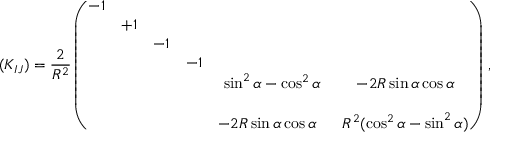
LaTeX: ( K _ { I J } ) = \frac { 2 } { R ^ { 2 } } \left( \begin{array} { c c c c c c } { { - 1 } } & { { } } & { { } } & { { } } & { { } } & { { } } \\ { { } } & { { + 1 } } & { { } } & { { } } & { { } } & { { } } \\ { { } } & { { } } & { { - 1 } } & { { } } & { { } } & { { } } \\ { { } } & { { } } & { { } } & { { - 1 } } & { { } } & { { } } \\ { { } } & { { } } & { { } } & { { } } & { { \sin ^ { 2 } { \alpha } - \cos ^ { 2 } { \alpha } } } & { { - 2 R \sin { \alpha } \cos { \alpha } } } \\ { { } } & { { } } & { { } } & { { } } & { { } } & { { } } \\ { { } } & { { } } & { { } } & { { } } & { { - 2 R \sin { \alpha } \cos { \alpha } \, \, \, \, } } & { { R ^ { 2 } ( \cos ^ { 2 } { \alpha } - \sin ^ { 2 } { \alpha } ) } } \end{array} \right) \, ,